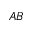
_ { A B }